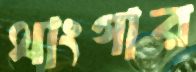
থাংগার